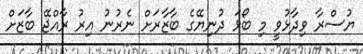
ޔުސްރާ ވިދާޅުވީ މި ބޯޅަ ދުނިޔޭގެ ބާޒާރަށް ނެރުނު އިރު ރާއްޖޭ ބާޒަށް